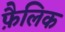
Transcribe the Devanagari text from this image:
फ़ैलिक